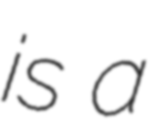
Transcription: is a